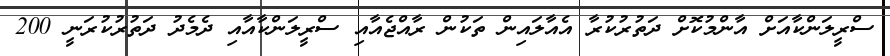
ސްރީލަންކާއަށް އާންމުކޮށް ދަތުރުކުރާ އެއާލައިން ތަކުން ރާއްޖެއާއި ސްރީލަންކާއާއި ދެމެދު ދަތުރުކުރަނީ 200